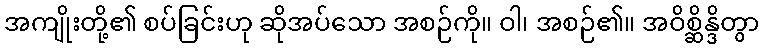
အကျိုးတို့၏ စပ်ခြင်းဟု ဆိုအပ်သော အစဉ်ကို။ ဝါ၊ အစဉ်၏။ အဝိစ္ဆိန္ဒိတွာ